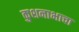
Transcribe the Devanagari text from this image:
कुशनाभाचा